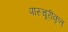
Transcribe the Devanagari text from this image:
पास्चूरीकृत